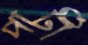
পার্টী